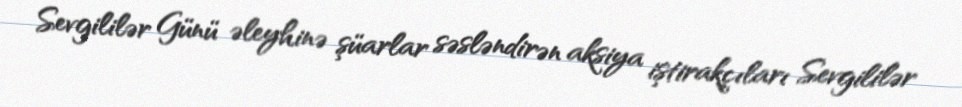
Sevgililər Günü əleyhinə şüarlar səsləndirən aksiya iştirakçıları Sevgililər